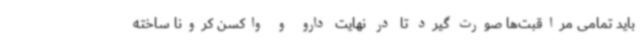
باید تمامی مراقبت‌ها صورت گیرد تا در نهایت دارو و واکسن کرونا ساخته